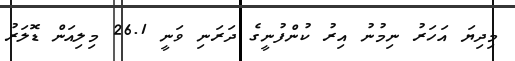
މިދިޔަ އަހަރު ނިމުނު އިރު ކުންފުނީގެ ދަރަނި ވަނީ 26.1 މިލިއަން ޑޮލަރު